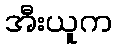
အီးယူက